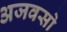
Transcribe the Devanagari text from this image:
अजवसो